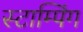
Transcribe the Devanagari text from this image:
स्टाम्पिंग